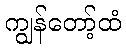
ကျွန်တော့်ထံ